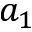
a _ { 1 }